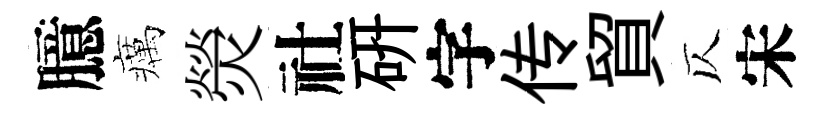
臆癘熒社硏字传貿仄宋